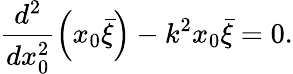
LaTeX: \frac{d^{2}}{dx_{0}^{2}}\left(x_{0}\bar{\xi}\right)-k^{2}x_{0}\bar{\xi}=0.